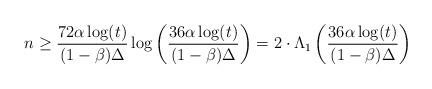
LaTeX: \begin{align*}n\geq\frac{72\alpha\log(t)}{(1-\beta)\Delta}\log\left(\frac{36\alpha\log(t)}{(1-\beta)\Delta}\right)=2\cdot\Lambda_{1}\left(\frac{36\alpha\log(t)}{(1-\beta)\Delta}\right)\end{align*}